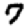
Digit: 7